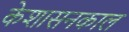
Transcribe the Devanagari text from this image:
केशासनकाल